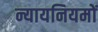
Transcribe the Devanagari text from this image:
न्यायनियमों